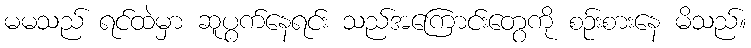
မမသည် ရင်ထဲမှာ ဆူပွက်နေရင်း သည်အကြောင်းတွေကို စဉ်းစားနေ မိသည်။